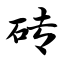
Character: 砖